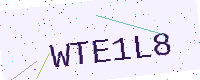
Text: WTE1L8